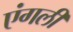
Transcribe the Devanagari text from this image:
एंगली